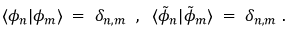
\langle \phi _ { n } | \phi _ { m } \rangle \; = \; \delta _ { n , m } \; \; , \; \; \langle { \tilde { \phi } } _ { n } | { \tilde { \phi } } _ { m } \rangle \; = \; \delta _ { n , m } \; .